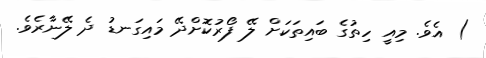
) އެވެ. މިއީ ހިތުގެ ބައިތަކަށް ލޭ ފޯރުކޮށްދޭ މައިގަނޑު ދެ ލޭނާރެވެ.